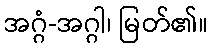
အဂ္ဂံ-အဂ္ဂါ၊ မြတ်၏။